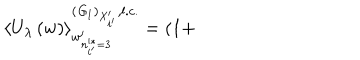
\left\langle U _ { \lambda } \left( w \right) \right\rangle _ { w _ { n _ { i ^ { \prime } } ^ { * } = 3 } ^ { \prime } } ^ { \left( { \it G } _ { 1 } \right) _ { X _ { i ^ { \prime } } ^ { \prime } } , l . c . } = \left( 1 + \right.